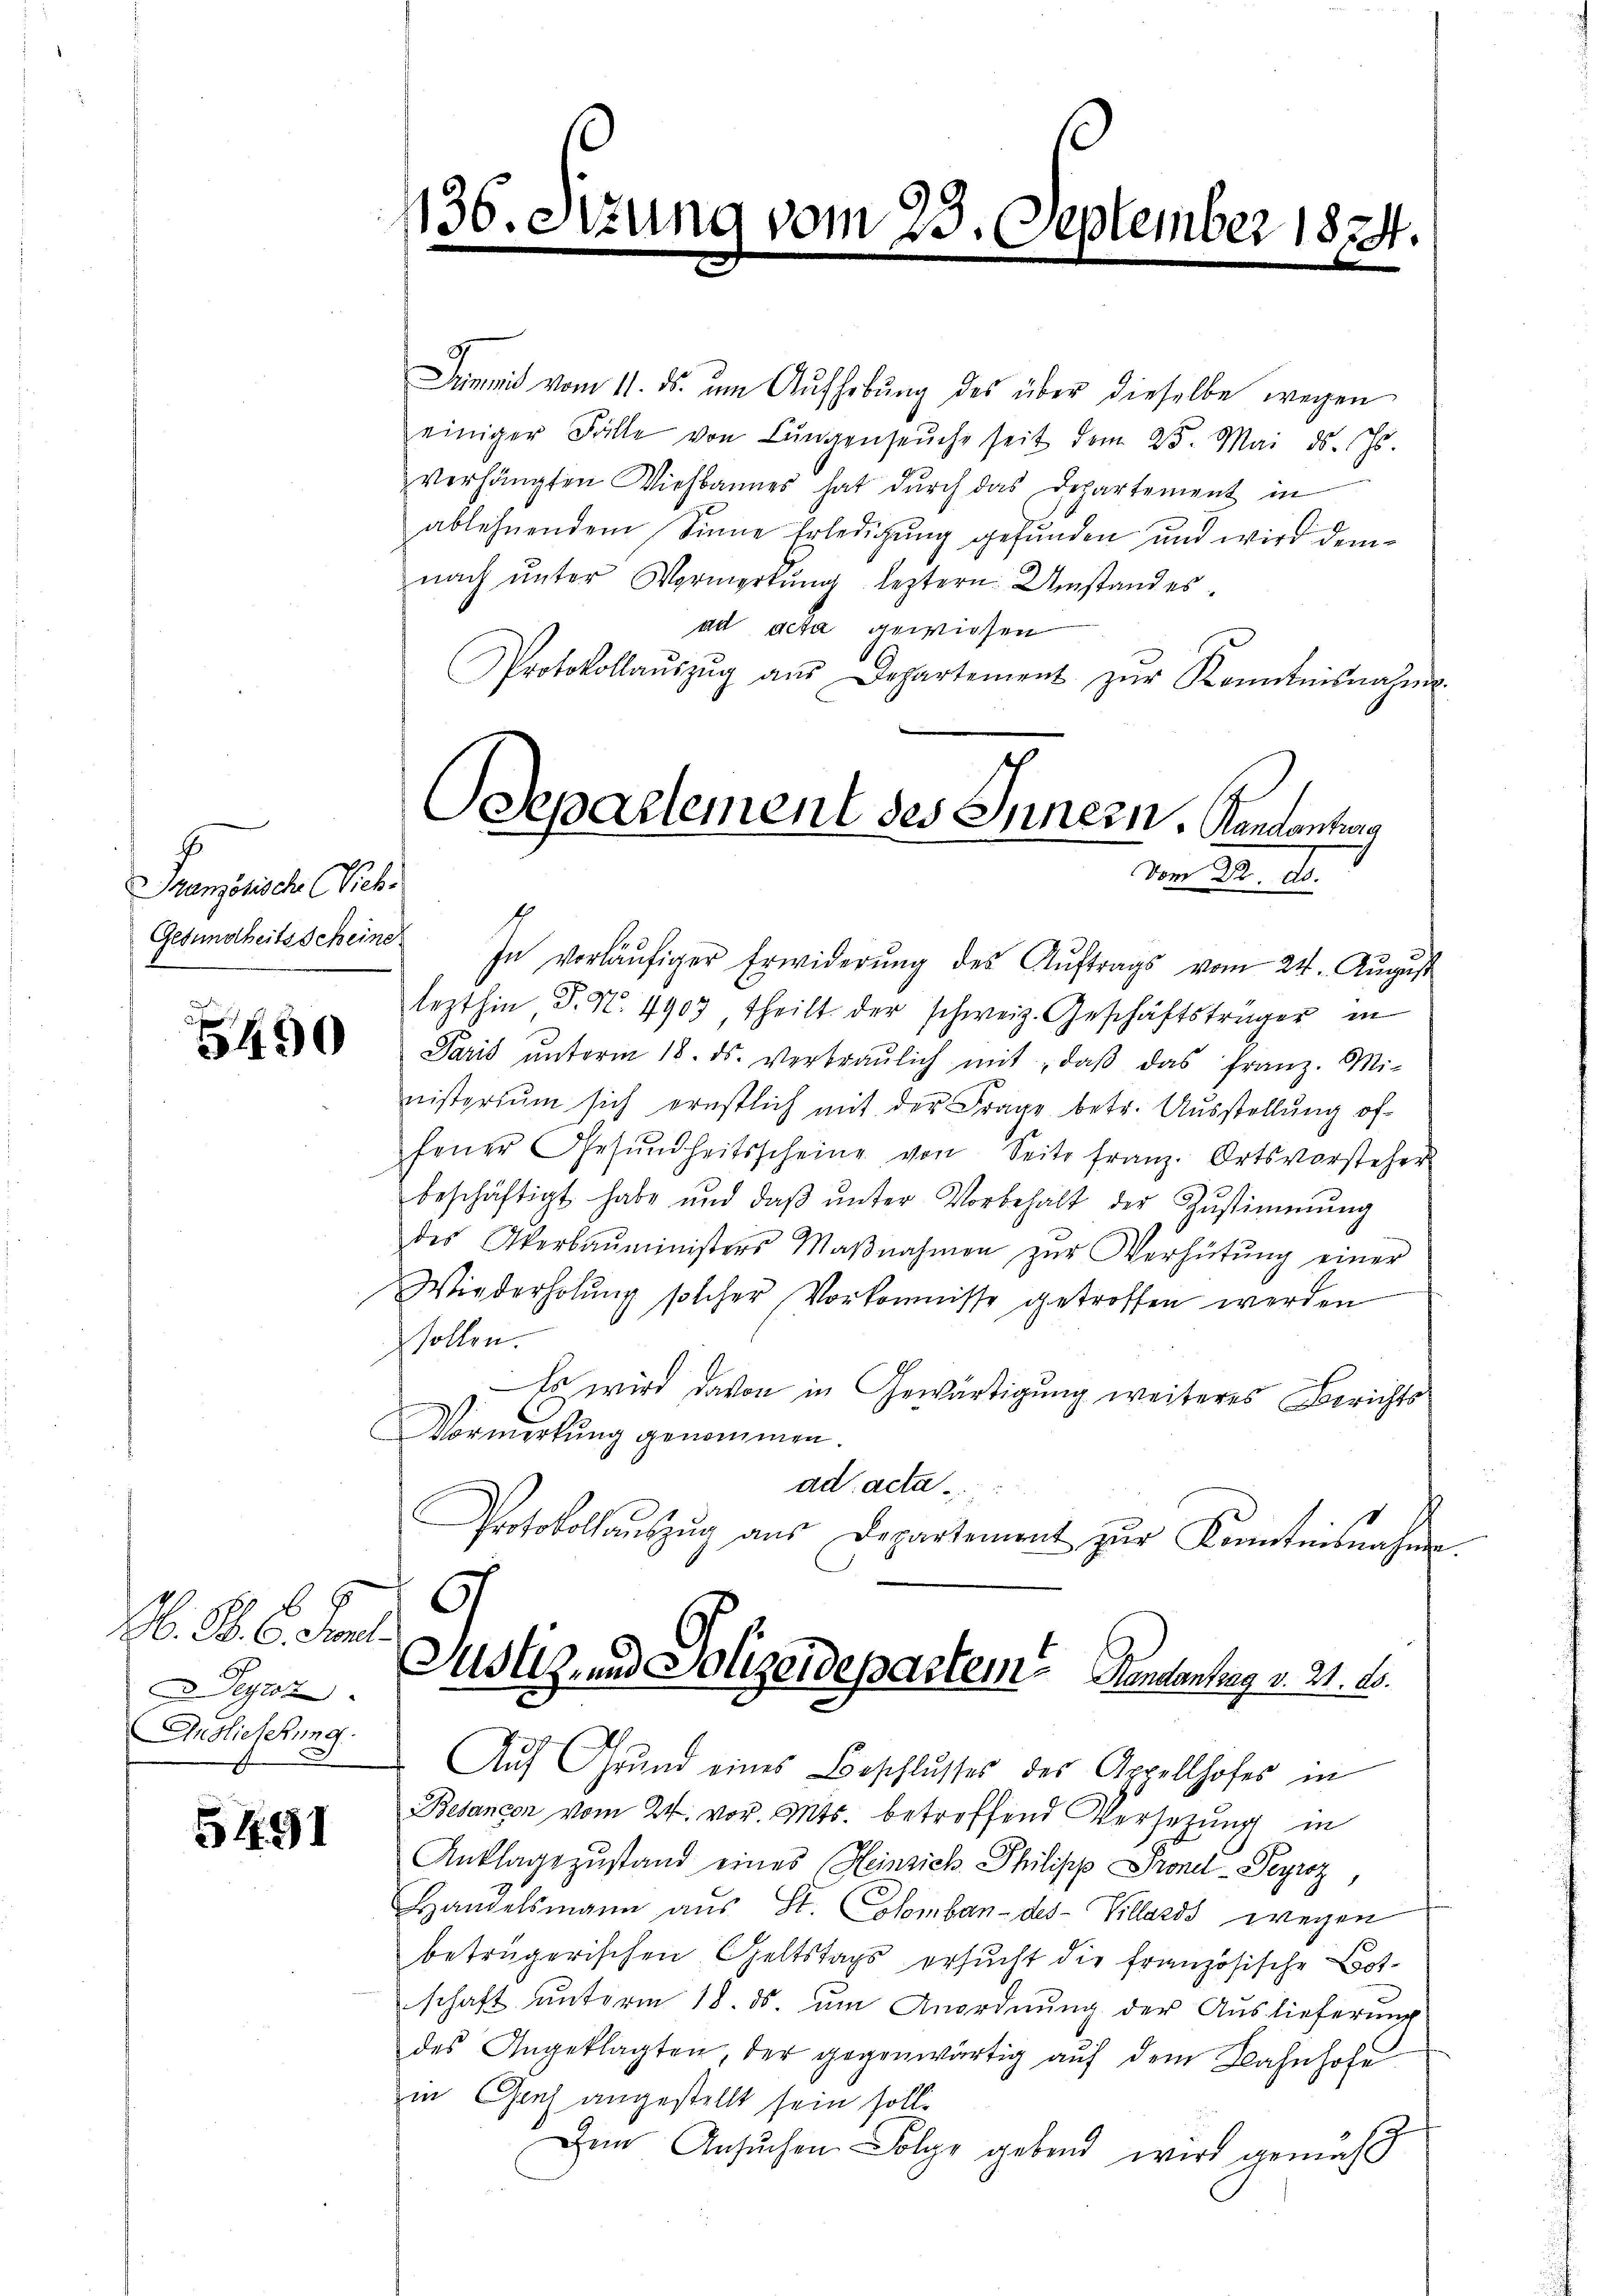
Französische Sch.
Gesundheitsscheine

490

M. B. 6. Jan.
Deyroz
Anslieferung.

5491

Summit vom 11. ds. am Aufhebung des über dieselbe wegen
einiger Fälle von Lungenseuche seit dem 25. Mai d. Js.
verhängten Viehbannes hat durch das Departement in
ablehnendem Sinne Erledigung gefunden und wird demnach ŭnter Vermerkŭng leztern Umstand es
ad acta gewiesen
Protokollaŭszŭg aŭs Departement zŭr Kenntnisnahme.

In vorläŭfiger Erwiderŭng des Aŭftrags vom 24. Aŭgŭst
lezthin P. N. 4903 theilt der schweiz. Geschäftsträger in
Paris ŭnterm 18. ds. verbraŭlich mit, daβ das franz. Mi-
nisteriŭm sich ernstlich mit der Frage betr. Aŭsstellŭng of-
fener Gesŭndheitsscheine von Seite franz. Ortsvorsteher
beschäftigt habe und daβ ŭnter Vorbehalt der Zŭstimmung
des Akerbaŭministers Maβnahmen zŭr Verhütŭng einer
Wiederholŭng solcher Vorkommisse getroffen werden
sollen.
Es wird davon in Gewärtigung weiteres Berichts¬
Vormerkung genommen.
ad acta
Protokollaŭszŭg aŭs Departement zŭr Kenntnisnahm
Justiz und Polizeidepartem Koncentrag v. 21. 20.
Auf Grund eines Beschlusses des Appellhofes in
Belancon vom 24. vor. Mts. betroffend Versetzung in
Anklagezustand eines Heinsich Philipp Sronel-Peyroz
Handelsmann aus St. Colombandes-Killards wegen
betrügerischen Geltstags ersucht die französische Botschaft unterm 18. ds. um Anordnung der Auslieferung
des Angeklagten, der gegenwärtig aŭf dem Bahnhofe
zi Gach angestellt sein soll.
Dem Ansuchen Folge gebend wird gemäß

136. Stund

(vom 23. September 1874.

Separtement des Innern, Kandantung
vom 22. d.